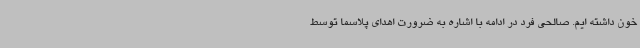
خون داشته ایم. صالحی فرد در ادامه با اشاره به ضرورت اهدای پلاسما توسط